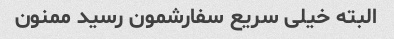
البته خیلی سریع سفارشمون رسید ممنون